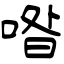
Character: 喒